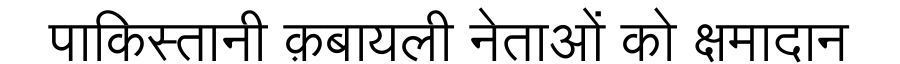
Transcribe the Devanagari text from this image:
पाकिस्तानी क़बायली नेताओं को क्षमादान